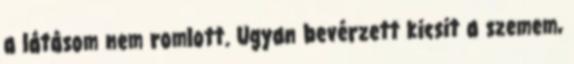
a látásom nem romlott. Ugyan bevérzett kicsit a szemem,